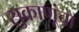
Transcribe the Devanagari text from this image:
सुकाणूंचा